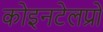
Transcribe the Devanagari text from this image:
कोइनटेलप्रो